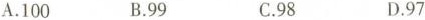
A.100 B.99 C.98 D.97